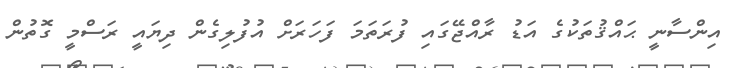
އިންސާނީ ޙައްޤުތަކުގެ އަޑު ރާއްޖޭގައި ފުރަތަމަ ފަހަރަށް އުފުލިގެން ދިޔައީ ރަސްމީ ގޮތުން